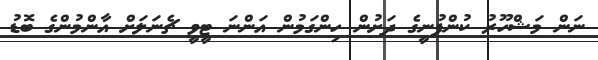
ނަން މަޝްހޫރު ކުންފުނީގެ ދަށުން ހިންގަމުން އަންނަ ޓީވީ ޗެނަލަށް އާންމުންގެ ބޮޑު